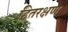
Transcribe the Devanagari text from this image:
हितरक्षण